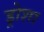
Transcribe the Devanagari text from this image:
ड्रोशा